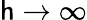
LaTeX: \mathsf{h}\rightarrow\infty